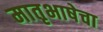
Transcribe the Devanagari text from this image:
मातृभाषेचा